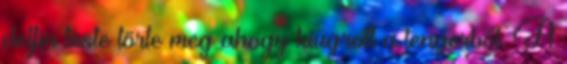
delfin teste törte meg ahogy kiugrott a tengerből. A